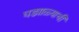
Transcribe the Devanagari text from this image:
घड्याळ्याची